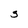
Character: s